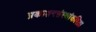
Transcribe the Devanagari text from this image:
प्रकाशनसंस्थांकरिता